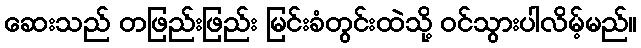
ဆေးသည် တဖြည်းဖြည်း မြင်းခံတွင်းထဲသို့ ဝင်သွားပါလိမ့်မည်။